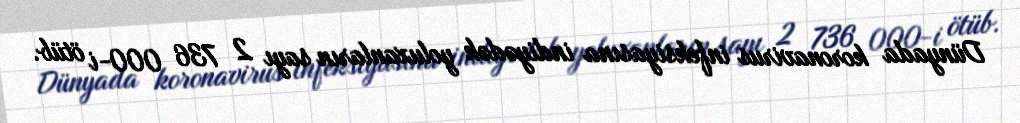
Dünyada koronavirus infeksiyasına indiyədək yoluxanların sayı 2 736 000-i ötüb.